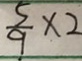
\frac { 5 } { 9 } \times 2